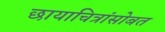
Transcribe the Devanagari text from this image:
छायाचित्रांसोबत